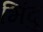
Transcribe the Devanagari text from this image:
भिंदु